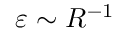
\varepsilon \sim R ^ { - 1 }